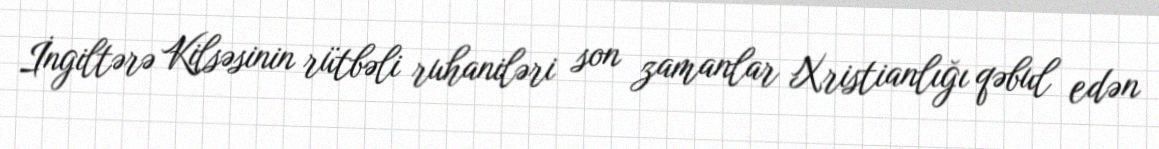
İngiltərə Kilsəsinin rütbəli ruhaniləri son zamanlar Xristianlığı qəbul edən